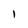
Character: 1